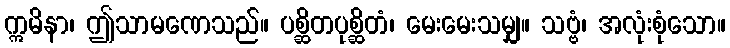
ဣမိနာ၊ ဤသာမဏေသည်။ ပစ္ဆိတပုစ္ဆိတံ၊ မေးမေးသမျှ။ သဗ္ဗံ၊ အလုံးစုံသော။